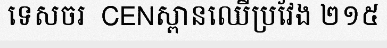
ទេសចរ  CENស្ពានឈើប្រវែង ២១៥